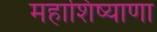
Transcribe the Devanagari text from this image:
महाशिष्याणा